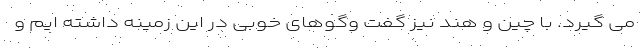
می گیرد. با چین و هند نیز گفت وگوهای خوبی در این زمینه داشته ایم و